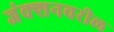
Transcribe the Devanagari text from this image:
जंक्शनवरील